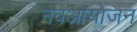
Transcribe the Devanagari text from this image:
नवआयोजन